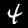
Digit: 4